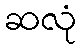
ဆလုံ